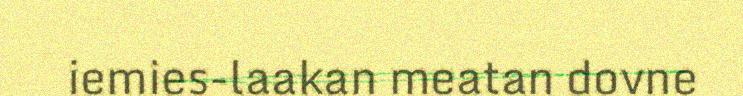
iemies-laakan meatan dovne